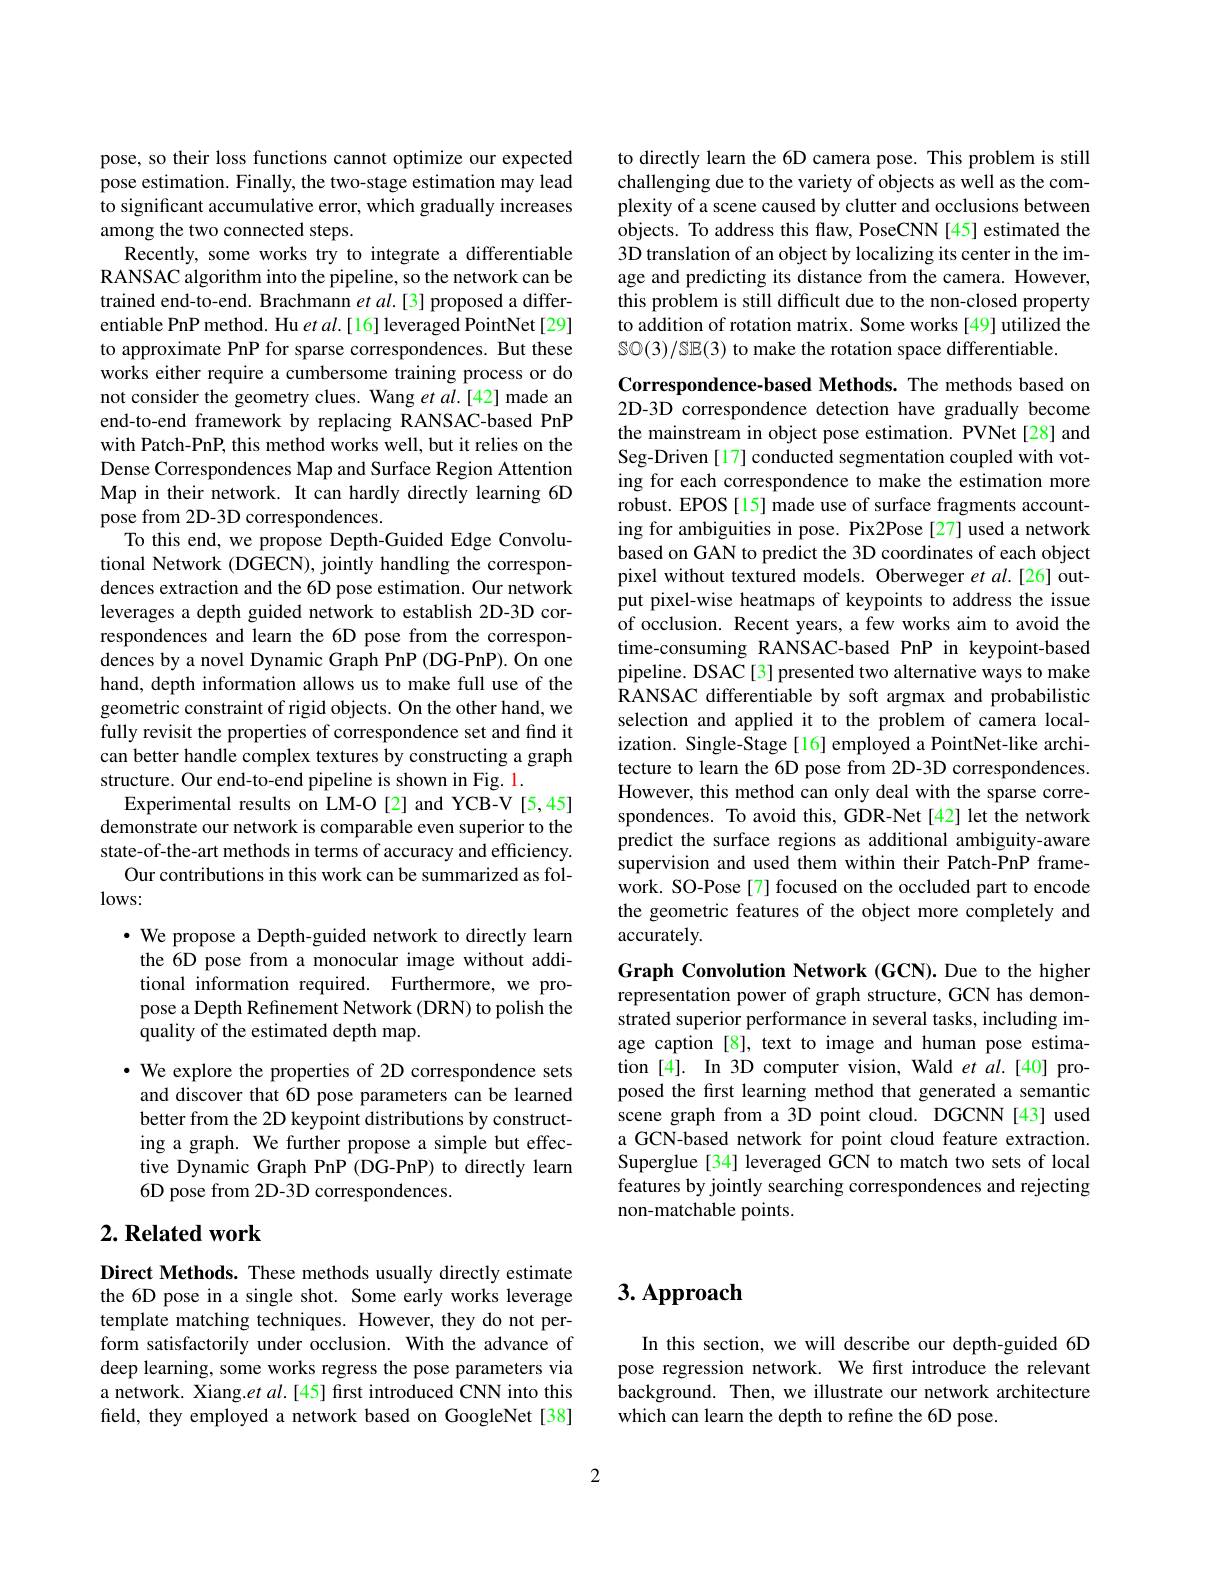
pose, so their loss functions cannot optimize our expected pose estimation. Finally, the two-stage estimation may lead to significant accumulative error, which gradually increases among the two connected steps.
Recently, some works try to integrate a differentiable RANSAC algorithm into the pipeline, so the network can be trained end-to-end. Brachmann $etal.[3]$ proposed a differentiable PnP method. Hu $etal.[16]$ leveraged PointNet[29] to approximate PnP for sparse correspondences. But these works either require a cumbersome training process or do not consider the geometry clues. Wang $etal.[42]$ made an end-to-end framework by replacing RANSAC-based PnP with Patch-PnP, this method works well, but it relies on the Dense Correspondences Map and Surface Region Attention Map in their network. It can hardly directly learning 6D pose from 2D-3D correspondences.
To this end, we propose Depth-Guided Edge Convolutional Network (DGECN), jointly handling the correspondences extraction and the 6D pose estimation. Our network leverages a depth guided network to establish 2D-3D correspondences and learn the 6D pose from the correspondences by a novel Dynamic Graph PnP (DG-PnP). On one hand, depth information allows us to make full use of the geometric constraint of rigid objects. On the other hand, we fully revisit the properties of correspondence set and find it can better handle complex textures by constructing a graph structure. Our end-to-end pipeline is shown in Fig. 1.
Experimental results on LM-O[2] and YCB-V[5,45] demonstrate our network is comparable even superior to the state-of-the-art methods in terms of accuracy and efficiency.
Our contributions in this work can be summarized as fol-
lows:
· We propose a Depth-guided network to directly learn
the 6D pose from a monocular image without additional information required. Furthermore, we propose a Depth Refinement Network (DRN) to polish the quality of the estimated depth map.
· We explore the properties of 2D correspondence sets
and discover that 6D pose parameters can be learned better from the 2D keypoint distributions by constructing a graph. We further propose a simple but effective Dynamic Graph PnP (DG-PnP) to directly learn 6D pose from 2D-3D correspondences.
$2. \textbf{ Related work}$

Direct Methods. These methods usually directly estimate the 6D pose in a single shot. Some early works leverage template matching techniques. However, they do not perform satisfactorily under occlusion. With the advance of deep learning, some works regress the pose parameters via a network. Xiang.et $al.[45]$ first introduced CNN into this field, they employed a network based on GoogleNet[38]

to directly learn the 6D camera pose. This problem is still challenging due to the variety of objects as well as the complexity of a scene caused by clutter and occlusions between objects. To address this flaw, PoseCNN [45] estimated the 3D translation of an object by localizing its center in the image and predicting its distance from the camera. However, this problem is still difficult due to the non-closed property to addition of rotation matrix. Some works [49] utilized the SO(3)/SE(3) to make the rotation space differentiable.

Correspondence-based Methods. The methods based on 2D-3D correspondence detection have gradually become the mainstream in object pose estimation. PVNet [28] and Seg-Driven [17] conducted segmentation coupled with voting for each correspondence to make the estimation more robust. EPOS [15] made use of surface fragments accounting for ambiguities in pose. Pix2Pose [27] used a network based on GAN to predict the 3D coordinates of each object pixel without textured models. Oberweger et al.[26] output pixel-wise heatmaps of keypoints to address the issue of occlusion. Recent years, a few works aim to avoid the time-consuming RANSAC-based PnP in keypoint-based pipeline. DSAC[3] presented two alternative ways to make RANSAC differentiable by soft argmax and probabilistic selection and applied it to the problem of camera localization. Single-Stage[16] employed a PointNet-like architecture to learn the 6D pose from 2D-3D correspondences. However, this method can only deal with the sparse correspondences. To avoid this, GDR-Net[42] let the network predict the surface regions as additional ambiguity-aware supervision and used them within their Patch-PnP framework. SO-Pose[7] focused on the occluded part to encode the geometric features of the object more completely and accurately.

Graph Convolution Network (GCN).Due to the higher representation power of graph structure, GCN has demonstrated superior performance in several tasks, including image caption [8], text to image and human pose estimation [4]. In 3D computer vision, Wald et al.[40] proposed the first learning method that generated a semantic scene graph from a 3D point cloud. DGCNN[43] used a GCN-based network for point cloud feature extraction. Superglue[34] leveraged GCN to match two sets of local features by jointly searching correspondences and rejecting non-matchable points.

# 3. Approach

In this section, we will describe our depth-guided 6D pose regression network. We frst introduce the relevant background. Then, we illustrate our network architecture which can learn the depth to refine the 6D pose.

2